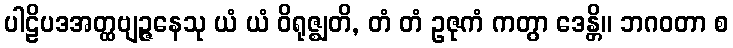
ပါဠိပဒအတ္ထဗျဉ္ဇနေသု ယံ ယံ ဝိရုဇ္ဈတိ, တံ တံ ဥဇုကံ ကတွာ ဒေန္တိ။ ဘဂဝတာ စ